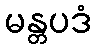
မန္တပဒံ